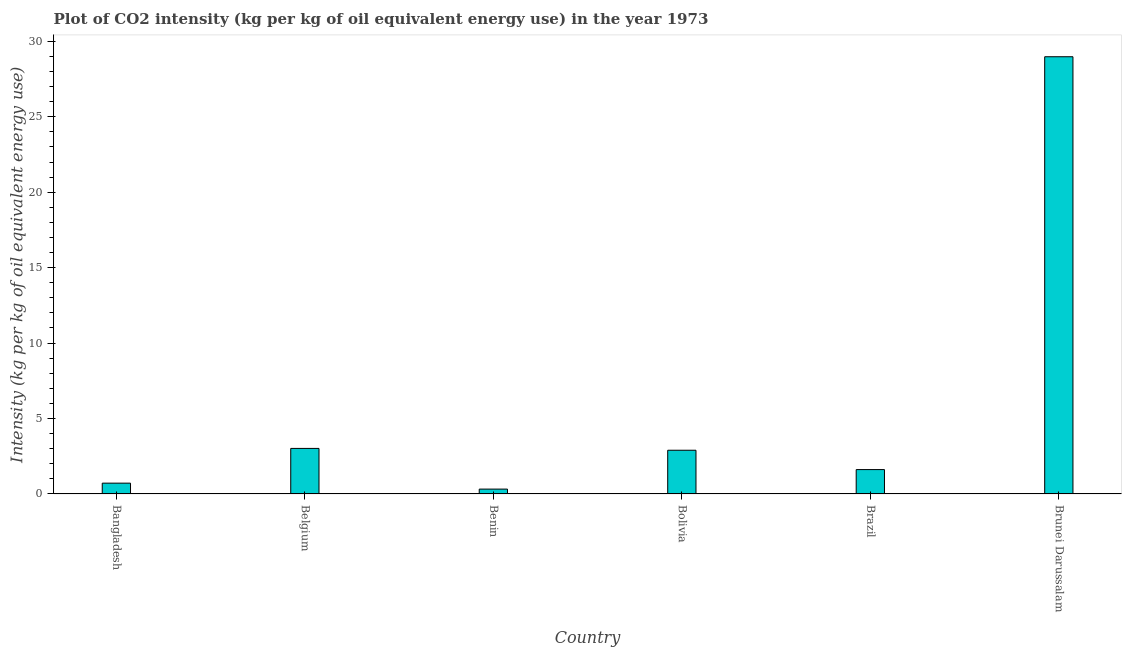
| Country | CO2 intensity |
 | --- | --- |
 | Bangladesh | 0.717 |
 | Belgium | 3.02 |
 | Benin | 0.323 |
 | Bolivia | 2.9 |
 | Brazil | 1.62 |
 | Brunei Darussalam | 29 |